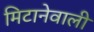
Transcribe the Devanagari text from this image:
मिटानेवाली